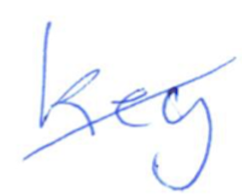
Text: Key
Cross-out: diagonal
Writing tool: ballpoint